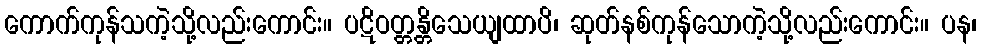
ကောက်ကုန်သကဲ့သို့လည်းကောင်း။ ပဋိဝတ္တန္တိသေယျထာပိ၊ ဆုတ်နစ်ကုန်သောကဲ့သို့လည်းကောင်း။ ပန၊